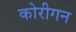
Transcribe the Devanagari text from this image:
कोरीगन